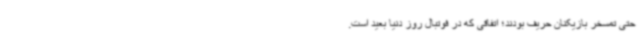
حتی تمسخر بازیکنان حریف بودند؛ اتفاقی که در فوتبال روز دنیا بعید است.